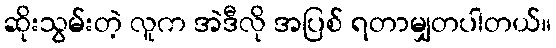
ဆိုးသွမ်းတဲ့ လူက အဲဒီလို အပြစ် ရတာမျှတပါတယ်။